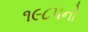
૧૯૮૫નો